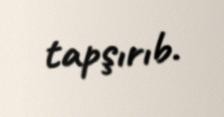
tapşırıb.